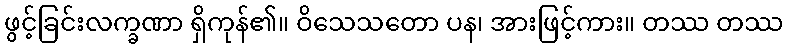
ဖွင့်ခြင်းလက္ခဏာ ရှိကုန်၏။ ဝိသေသတော ပန၊ အားဖြင့်ကား။ တဿ တဿ